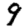
Digit: 9